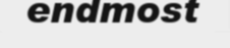
endmost